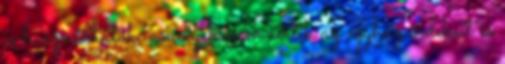
is használhatók, amelyek nem sértik az egyház érdekeit és